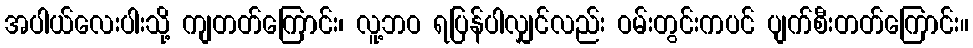
အပါယ်လေးပါးသို့ ကျတတ်ကြောင်း၊ လူ့ဘဝ ရပြန်ပါလျှင်လည်း ဝမ်းတွင်းကပင် ပျက်စီးတတ်ကြောင်း။